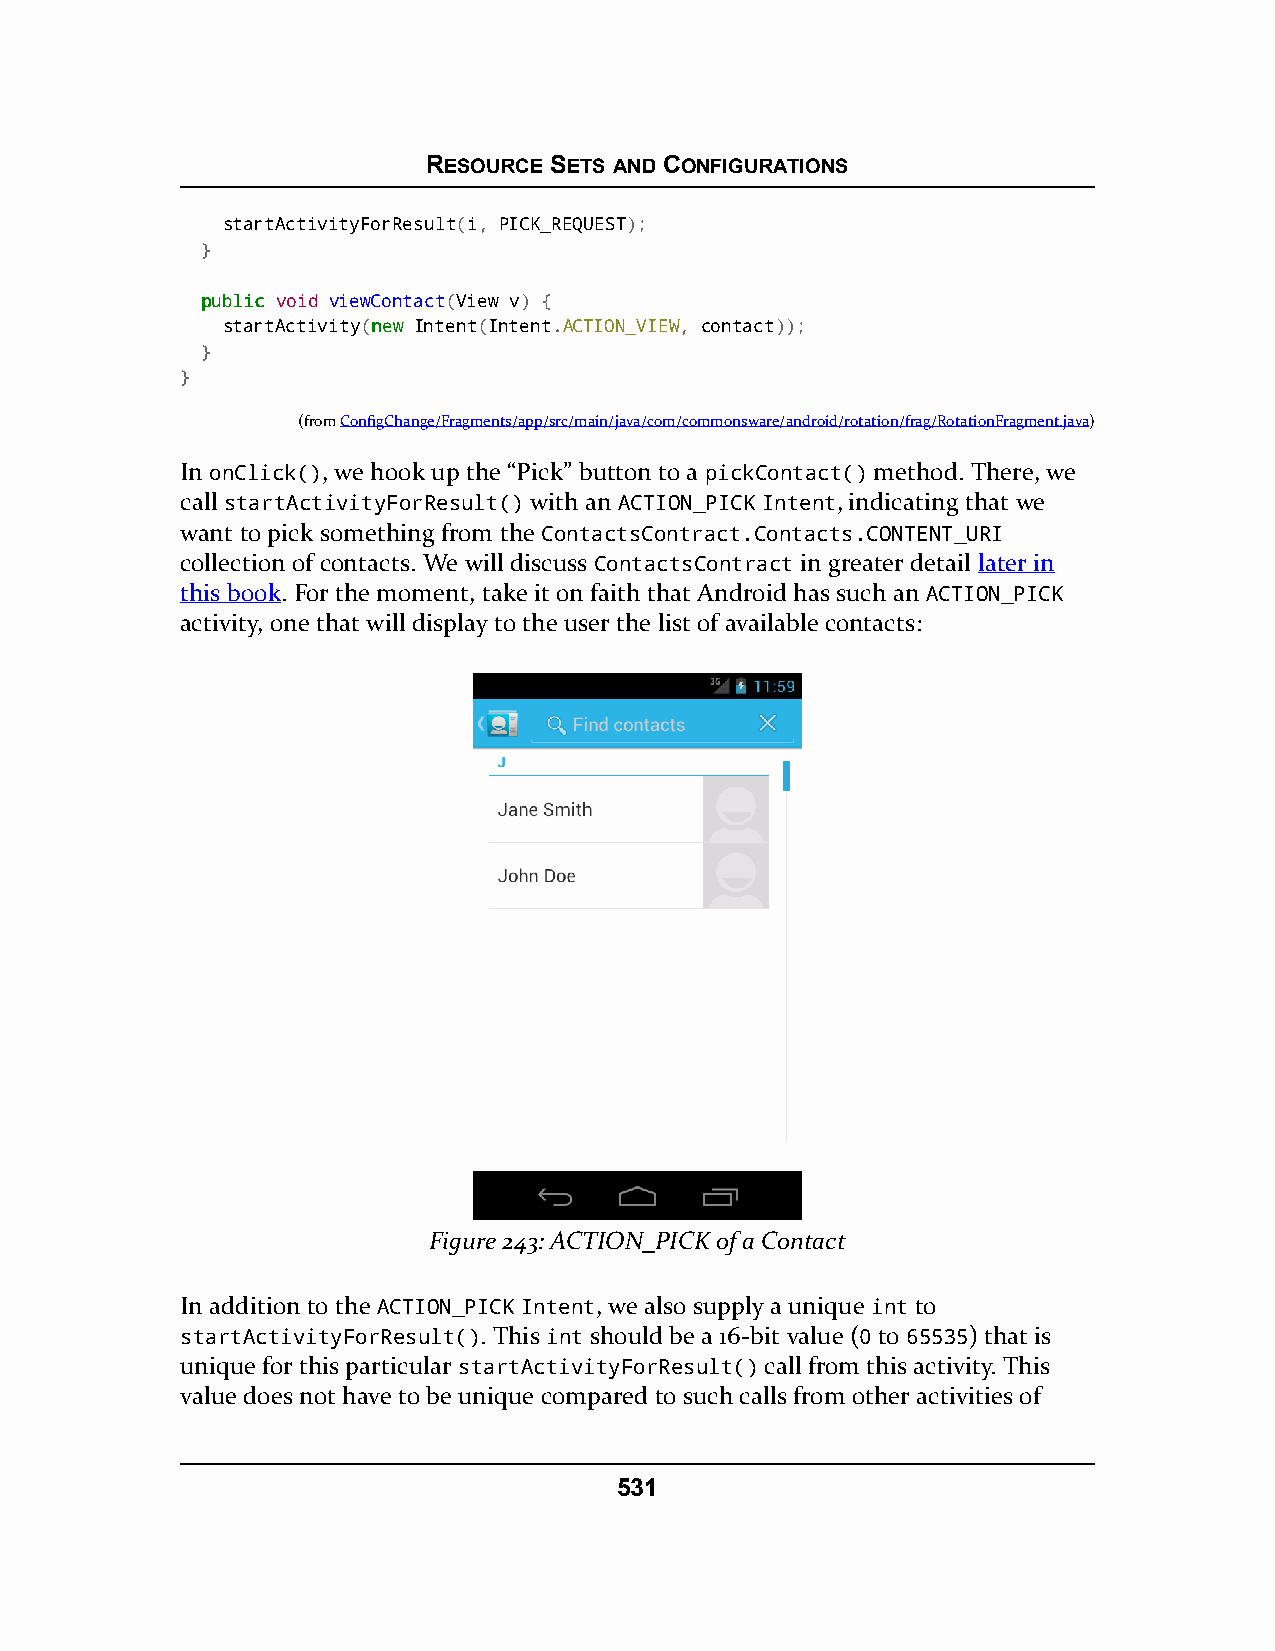
RESOURCE SETS AND CONFIGURATIONS
 startActivityForResult(i, PICK_REQUEST);
 }
 ppuubblliicc void viewContact(View v) {
 startActivity(nneeww Intent(Intent.ACTION_VIEW, contact));
 }
 }
 (fromConfigChange/Fragments/app/src/main/java/com/commonsware/android/rotation/frag/RotationFragment.java)
 In onClick(), we hook up the “Pick” button to a pickContact() method. There, we
 call startActivityForResult() with an ACTION_PICK Intent, indicating that we
 want to pick something from the ContactsContract.Contacts.CONTENT_URI
 collection of contacts. We will discuss ContactsContract in greater detail later in
 this book. For the moment, take it on faith that Android has such an ACTION_PICK
 activity, one that will display to the user the list of available contacts:
 Figure 243: ACTION_PICK of a Contact
 In addition to the ACTION_PICK Intent, we also supply a unique int to
 startActivityForResult(). This int should be a 16-bit value (0 to 65535) that is
 unique for this particular startActivityForResult() call from this activity. This
 value does not have to be unique compared to such calls from other activities of
 531